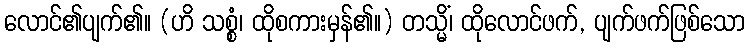
လောင်၏ပျက်၏။ (ဟိ သစ္စံ၊ ထိုစကားမှန်၏။) တသ္မိံ၊ ထိုလောင်ဖက်, ပျက်ဖက်ဖြစ်သော